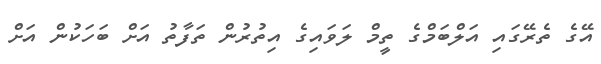
އޭގެ ތެރޭގައި އަލްބަމްގެ ތީމް ލަވައިގެ އިތުރުން ތަފާތު އަށް ބަހަކުން އަށް